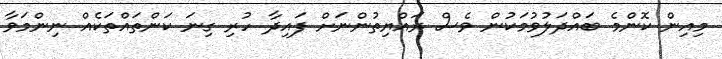
މިއިން ކޮންމެ ބައްދަލުވުމަކުން ވެސް ރައްޔިތުންނަށް ފައިދާ ހުރި ގިނަ ކަންތައްތަކެއް ނިންމަވާ